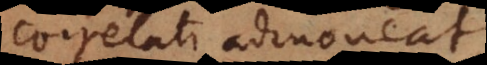
correlati admoneat.